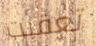
تعقبت